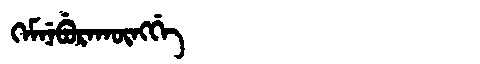
Manchu: ᡴᡝᠮᠨᡝᠪᡠᡵᠠᡴᡡᠩᡤᡝ
Romanization: KEMNEBURAKŪNGGE